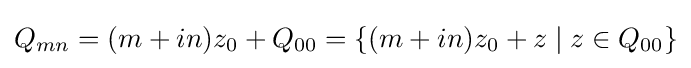
Q_{mn}=(m+in)z_{0}+Q_{00}=\left\{(m+in)z_{0}+z\mid z\in Q_{00}\right\}